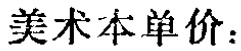
美术本单价：